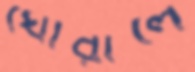
ঘোরালে